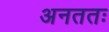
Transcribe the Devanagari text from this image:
अनततः